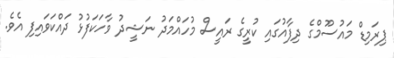
ޕިރަމިޑް މައުސޫމްގެ ދިފާއުގައި ކުރީގެ ރައީސް މުހައްމަދު ނަޝީދު ވާހަކަފުޅު ދައްކަވައިފި އެވެ.